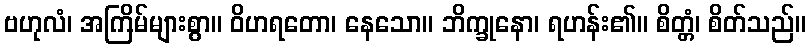
ဗဟုလံ၊ အကြိမ်များစွာ။ ဝိဟရတော၊ နေသော။ ဘိက္ခုနော၊ ရဟန်း၏။ စိတ္တံ၊ စိတ်သည်။